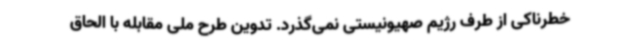
خطرناکی از طرف رژیم صهیونیستی نمی‌گذرد. تدوین طرح ملی مقابله با الحاق